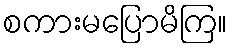
စကားမပြောမိကြ။